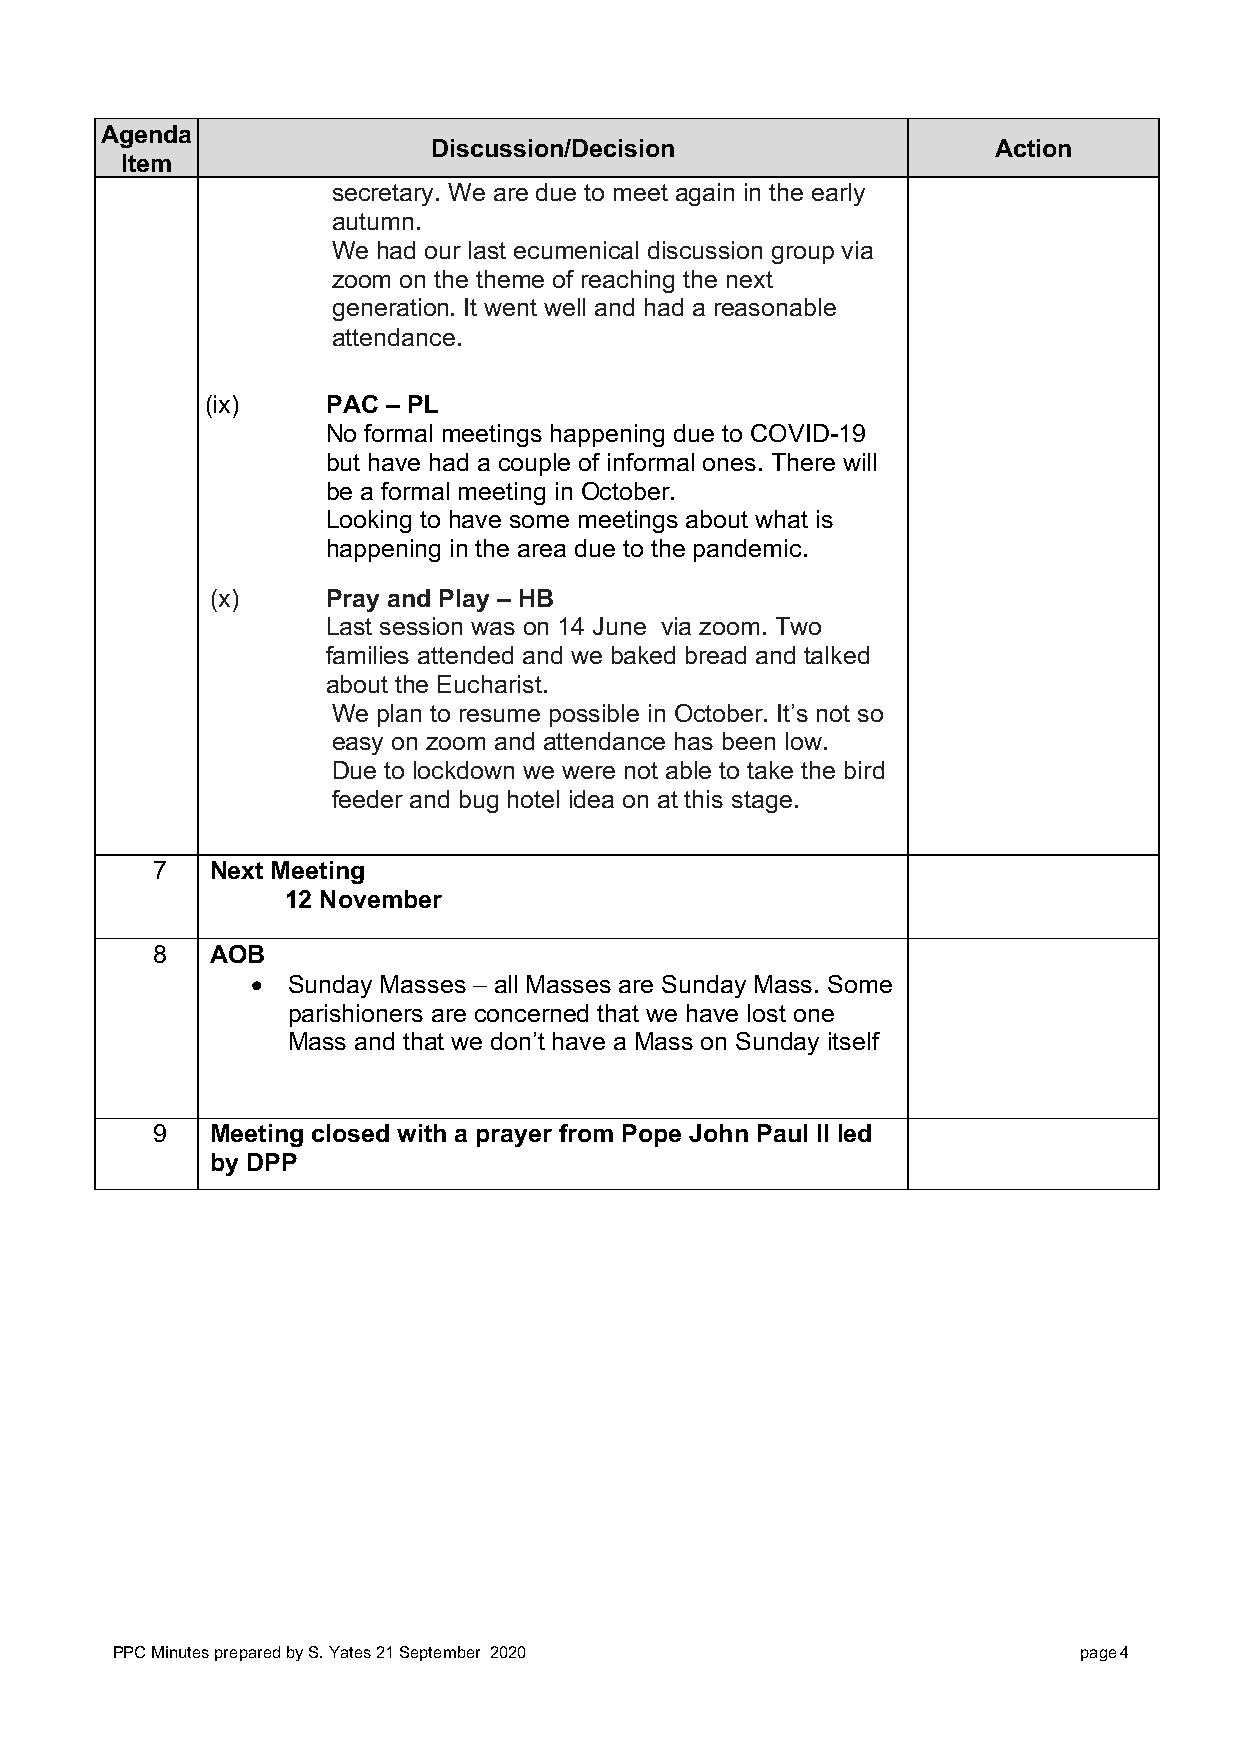
Agenda
 Discussion/Decision                   Action
 Item
 secretary. We are due to meet again in the early
 autumn.
 We had our last ecumenical discussion group via
 zoom on the theme of reaching the next
 generation. It went well and had a reasonable
 attendance.
 (ix)    PAC – PL
 No formal meetings happening due to COVID-19
 but have had a couple of informal ones. There will
 be a formal meeting in October.
 Looking to have some meetings about what is
 happening in the area due to the pandemic.
 (x)     Pray and Play – HB
 Last session was on 14 June via zoom. Two
 families attended and we baked bread and talked
 about the Eucharist.
 We plan to resume possible in October. It’s not so
 easy on zoom and attendance has been low.
 Due to lockdown we were not able to take the bird
 feeder and bug hotel idea on at this stage.
 7   N ext Meeting
 12 November
 8   A OB
 • Sunday Masses – all Masses are Sunday Mass. Some
 parishioners are concerned that we have lost one
 Mass and that we don’t have a Mass on Sunday itself
 9   M eeting closed with a prayer from Pope John Paul II led
 by DPP
 PPC Minutes prepared by S. Yates 21 September 2020              page 4